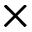
\times